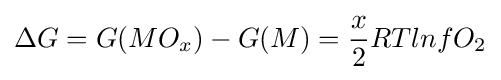
\Delta G=G(MO_{x})-G(M)={\frac {x}{2}}RTlnfO_{2}